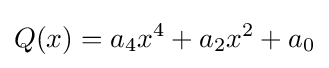
Q(x)=a_{4}x^{4}+a_{2}x^{2}+a_{0}